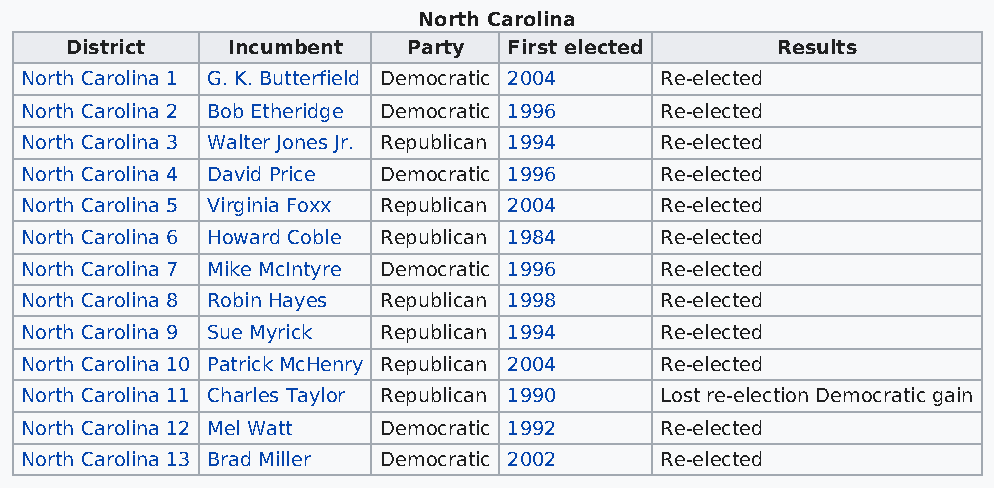
North Carolina
 District   Incumbent   Party  First elected    Results
 North Carolina 1 G. K. Butterfield Democratic 2004 Re-elected
 North Carolina 2 Bob Etheridge Democratic 1996 Re-elected
 North Carolina 3 Walter Jones Jr. Republican 1994 Re-elected
 North Carolina 4 David Price Democratic 1996 Re-elected
 North Carolina 5 Virginia Foxx Republican 2004 Re-elected
 North Carolina 6 Howard Coble Republican 1984 Re-elected
 North Carolina 7 Mike McIntyre Democratic 1996 Re-elected
 North Carolina 8 Robin Hayes Republican 1998 Re-elected
 North Carolina 9 Sue Myrick Republican 1994 Re-elected
 North Carolina 10 Patrick McHenry Republican 2004 Re-elected
 North Carolina 11 Charles Taylor Republican 1990 Lost re-election Democratic gain
 North Carolina 12 Mel Watt Democratic 1992 Re-elected
 North Carolina 13 Brad Miller Democratic 2002 Re-elected